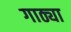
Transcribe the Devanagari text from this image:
गाठ्या